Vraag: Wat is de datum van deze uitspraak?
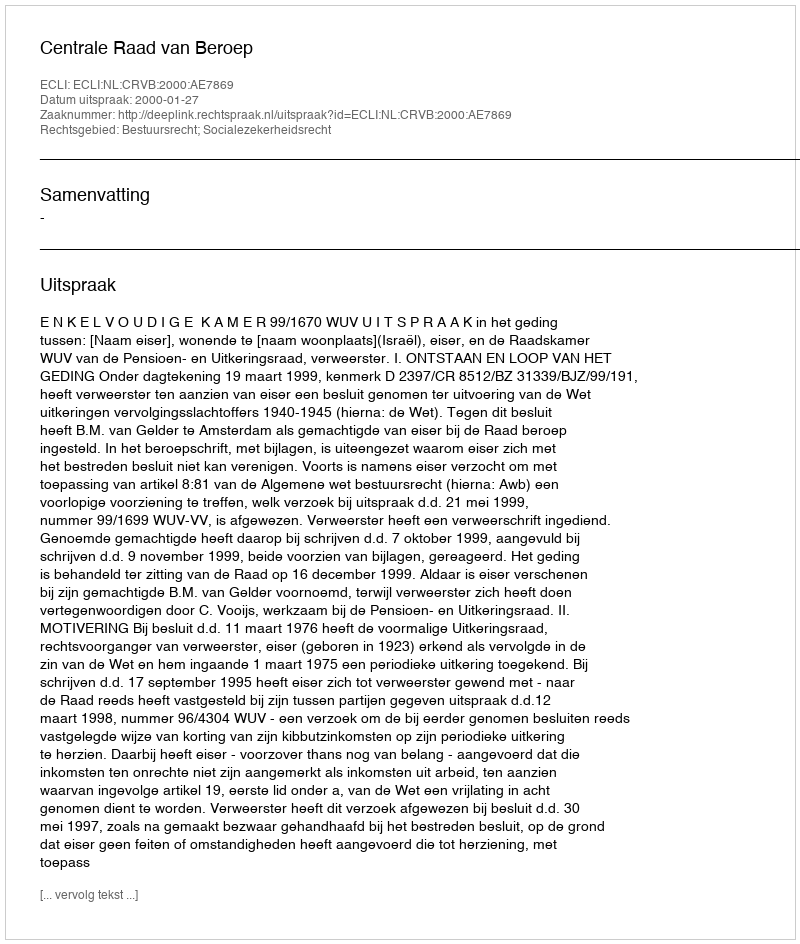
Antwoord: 2000-01-27